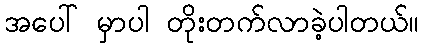
အပေါ် မှာပါ တိုးတက်လာခဲ့ပါတယ်။